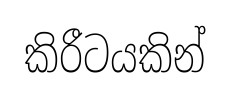
කිරීටයකින්